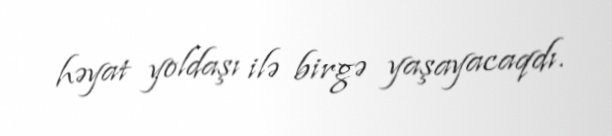
həyat yoldaşı ilə birgə yaşayacaqdı.